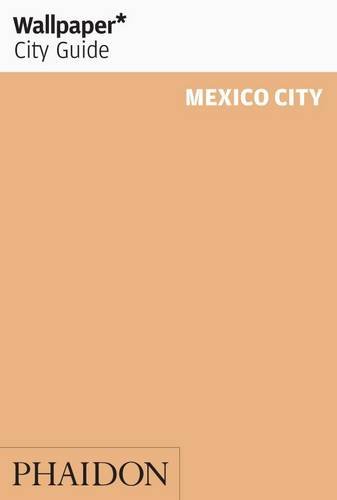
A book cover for Wallpaper* City Guide Mexico City 2015 (Wallpaper City Guides); Marie Elena Martinez; Travel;